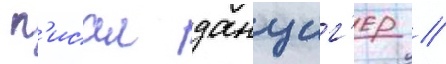
 п'исал данциг'ер //